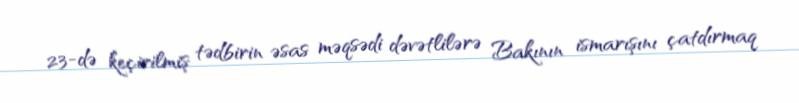
23-də keçirilmiş tədbirin əsas məqsədi dəvətlilərə Bakının ismarışını çatdırmaq